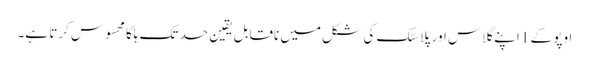
اوپو کے 1 اپنے گلاس اور پلاسٹک کی شکل میں ناقابل یقین حد تک ہلکا محسوس کرتا ہے۔